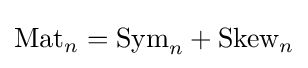
{\mbox{Mat}}_{n}={\mbox{Sym}}_{n}+{\mbox{Skew}}_{n}